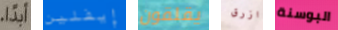
ابداً إيفلين يقلقون ازرق البوسنة